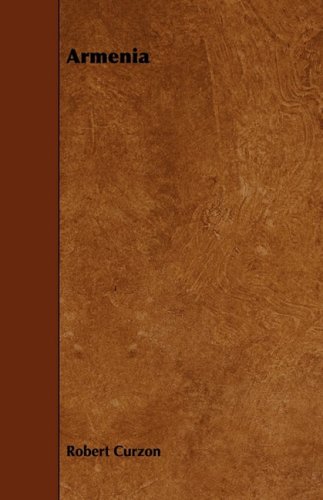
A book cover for Armenia; Robert Curzon; Travel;